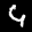
Label: 4